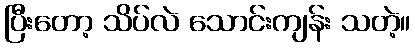
ပြီးတော့ သိပ်လဲ သောင်းကျန်း သတဲ့။